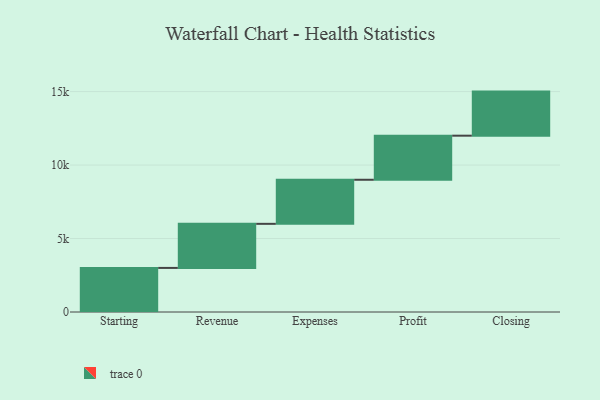
{"axis": {"x": "Step", "y": "Value"}, "legend": [""], "data": [{"x": "Starting", "y": 3000, "type": ""}, {"x": "Revenue", "y": 3000, "type": ""}, {"x": "Expenses", "y": 3000, "type": ""}, {"x": "Profit", "y": 3000, "type": ""}, {"x": "Closing", "y": 3000, "type": ""}]}